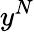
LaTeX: y^{N}